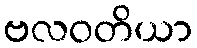
ဗလဝတိယာ